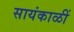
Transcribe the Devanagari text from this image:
सायंकाळीं